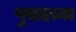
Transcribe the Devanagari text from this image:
पुसदच्या